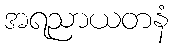
အရညာယတနံ